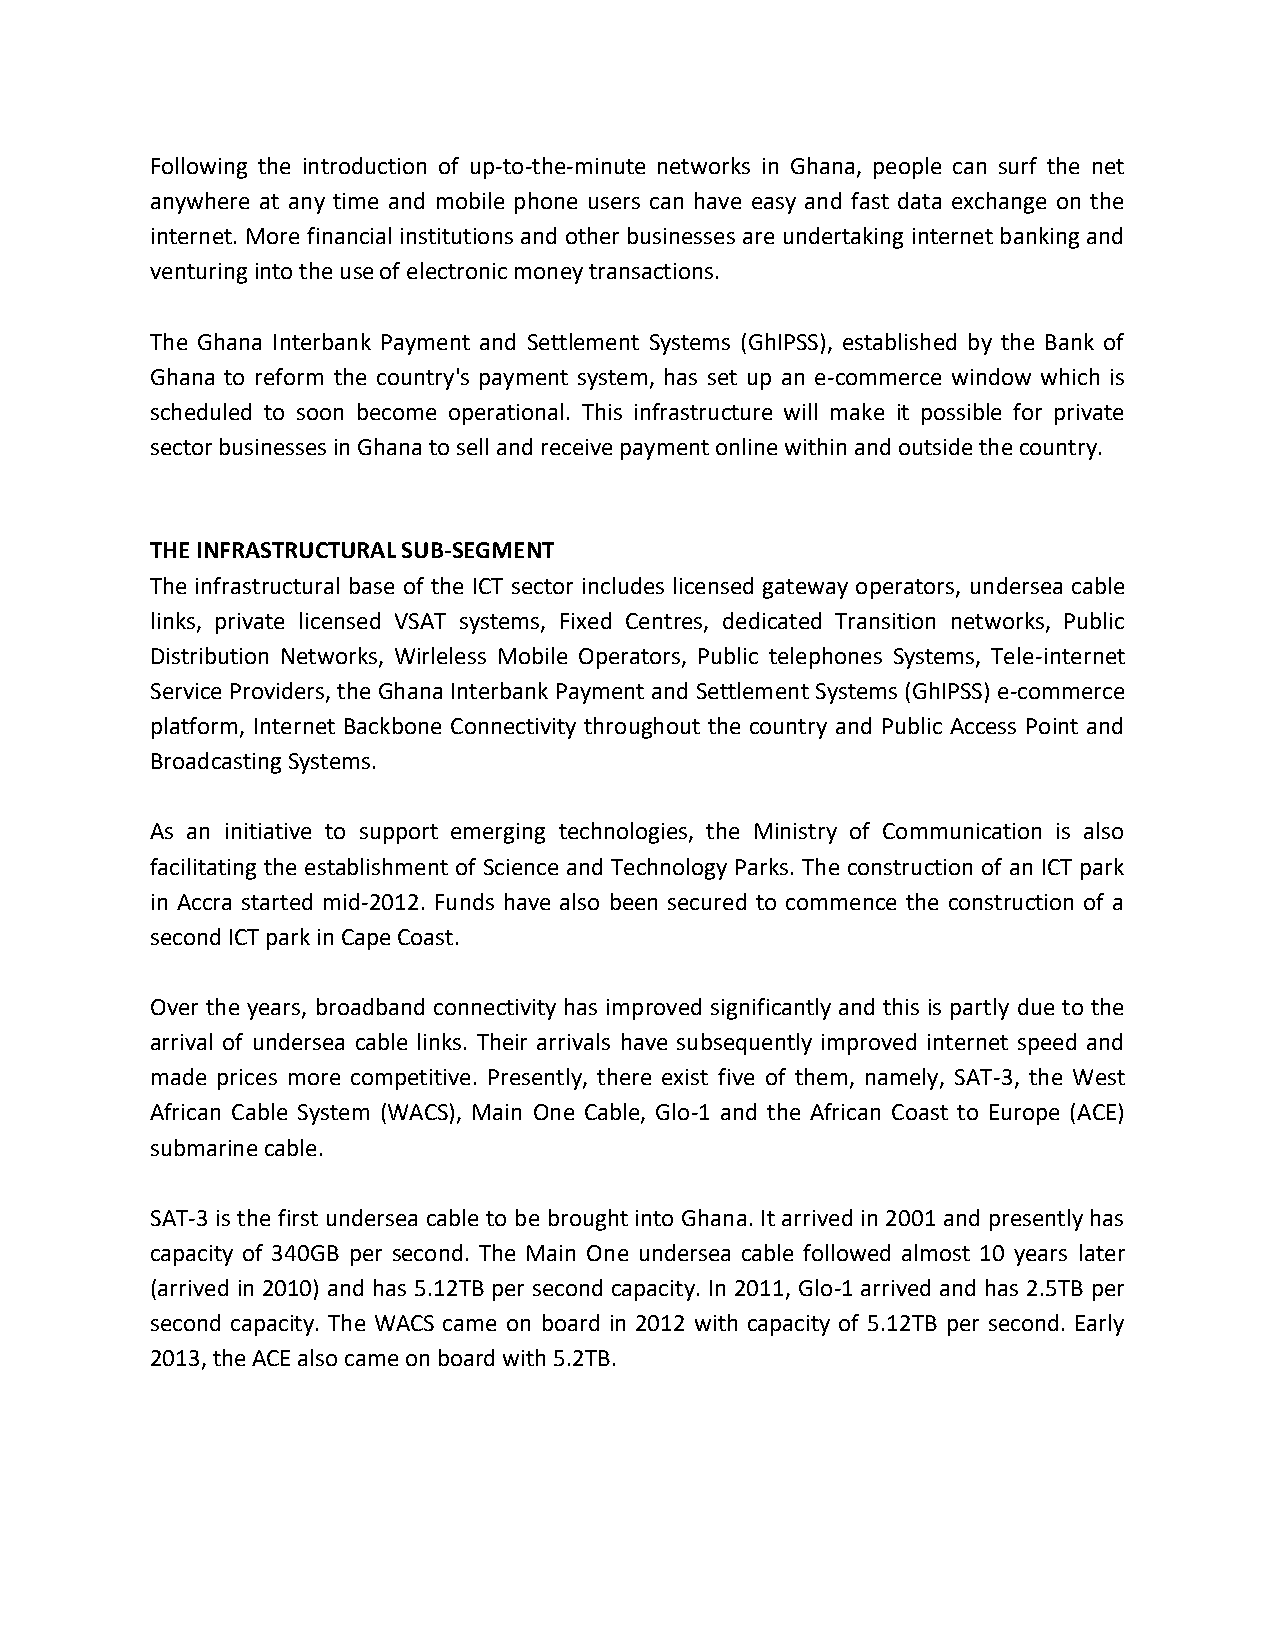
Following the introduction of up-to-the-minute networks in Ghana, people can surf the net
 anywhere at any time and mobile phone users can have easy and fast data exchange on the
 internet. More financial institutions and other businesses are undertaking internet banking and
 venturing into the use of electronic money transactions.
 The Ghana Interbank Payment and Settlement Systems (GhIPSS), established by the Bank of
 Ghana to reform the country's payment system, has set up an e-commerce window which is
 scheduled to soon become operational. This infrastructure will make it possible for private
 sector businesses in Ghana to sell and receive payment online within and outside the country.
 THE INFRASTRUCTURAL SUB-SEGMENT
 The infrastructural base of the ICT sector includes licensed gateway operators, undersea cable
 links, private licensed VSAT systems, Fixed Centres, dedicated Transition networks, Public
 Distribution Networks, Wirleless Mobile Operators, Public telephones Systems, Tele-internet
 Service Providers, the Ghana Interbank Payment and Settlement Systems (GhIPSS) e-commerce
 platform, Internet Backbone Connectivity throughout the country and Public Access Point and
 Broadcasting Systems.
 As an initiative to support emerging technologies, the Ministry of Communication is also
 facilitating the establishment of Science and Technology Parks. The construction of an ICT park
 in Accra started mid-2012. Funds have also been secured to commence the construction of a
 second ICT park in Cape Coast.
 Over the years, broadband connectivity has improved significantly and this is partly due to the
 arrival of undersea cable links. Their arrivals have subsequently improved internet speed and
 made prices more competitive. Presently, there exist five of them, namely, SAT-3, the West
 African Cable System (WACS), Main One Cable, Glo-1 and the African Coast to Europe (ACE)
 submarine cable.
 SAT-3 is the first undersea cable to be brought into Ghana. It arrived in 2001 and presently has
 capacity of 340GB per second. The Main One undersea cable followed almost 10 years later
 (arrived in 2010) and has 5.12TB per second capacity. In 2011, Glo-1 arrived and has 2.5TB per
 second capacity. The WACS came on board in 2012 with capacity of 5.12TB per second. Early
 2013, the ACE also came on board with 5.2TB.